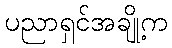
ပညာရှင်အချို့က